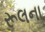
રૂલના